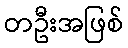
တဦးအဖြစ်